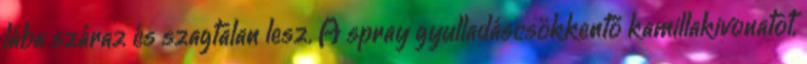
lába száraz és szagtalan lesz. A spray gyulladáscsökkentő kamillakivonatot,